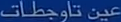
تنویضات